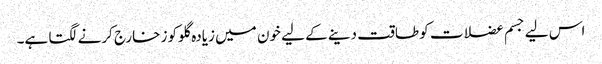
اس لیے جسم عضلات کو طاقت دینے کے لیے خون میں زیادہ گلوکوز خارج کرنے لگتا ہے۔